Indian journal of veterinary science and animal husbandry - Volume 2,
Year: 1932
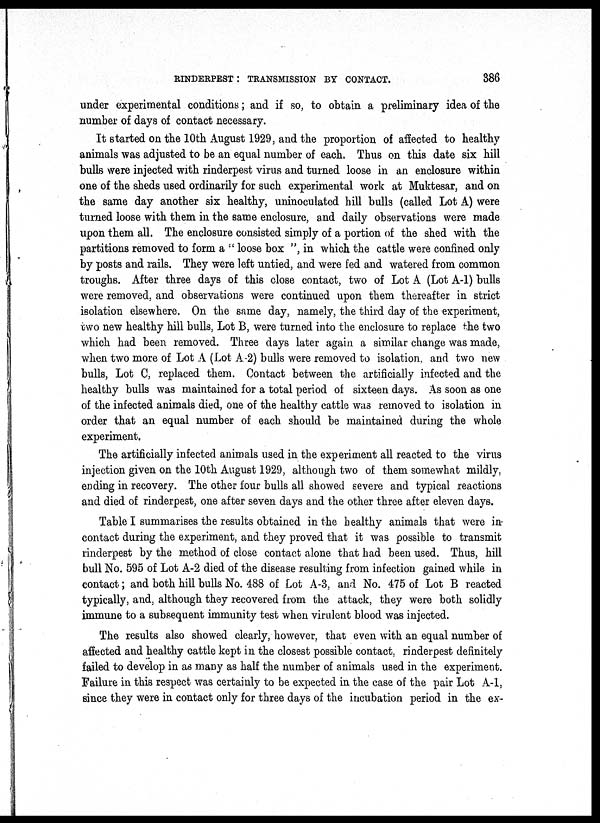
RINDERPEST : TRANSMISSION BY CONTACT.
386
under experimental conditions; and if so, to obtain a preliminary idea of the
number of days of contact necessary.
It started on the 10th August 1929, and the proportion of affected to healthy
animals was adjusted to be an equal number of each. Thus on this date six hill
bulls were injected with rinderpest virus and turned loose in an enclosure within
one of the sheds used ordinarily for such experimental work at Muktesar, and on
the same day another six healthy, uninoculated hill bulls (called Lot A) were
turned loose with them in the same enclosure, and daily observations were made
upon them all. The enclosure consisted simply of a portion of the shed with the
partitions removed to form a " loose box ", in which the cattle were confined only
by posts and rails. They were left untied, and were fed and watered from common
troughs. After three days of this close contact, two of Lot A (Lot A-1) bulls
were removed, and observations were continued upon them thereafter in strict
isolation elsewhere. On the same day, namely, the third day of the experiment,
two new healthy hill bulls, Lot B, were turned into the enclosure to replace the two
which had been removed. Three days later again a similar change was made,
when two more of Lot A (Lot A-2) bulls were removed to isolation, and two new
bulls, Lot C, replaced them. Contact between the artificially infected and the
healthy bulls was maintained for a total period of sixteen days. As soon as one
of the infected animals died, one of the healthy cattle was removed to isolation in
order that an equal number of each should be maintained during the whole
experiment.
The artificially infected animals used in the experiment all reacted to the virus
injection given on the 10th August 1929, although two of them somewhat mildly,
ending in recovery. The other four bulls all showed severe and typical reactions
and died of rinderpest, one after seven days and the other three after eleven days.
Table I summarises the results obtained in the healthy animals that were in-
contact during the experiment, and they proved that it was possible to transmit
rinderpest by the method of close contact alone that had been used. Thus, hill
bull No. 595 of Lot A-2 died of the disease resulting from infection gained while in
contact; and both hill bulls No. 488 of Lot A-3, and No. 475 of Lot B reacted
typically, and, although they recovered from the attack, they were both solidly
immune to a subsequent immunity test when virulent blood was injected.
The results also showed clearly, however, that even with an equal number of
affected and healthy cattle kept in the closest possible contact, rinderpest definitely
failed to develop in as many as half the number of animals used in the experiment.
Failure in this respect was certainly to be expected in the case of the pair Lot A-1,
since they were in contact only for three days of the incubation period in the ex-